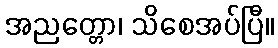
အညတ္တော၊ သိစေအပ်ပြီ။